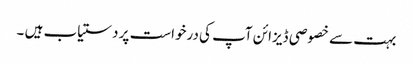
بہت سے خصوصی ڈیزائن آپ کی درخواست پر دستیاب ہیں ۔